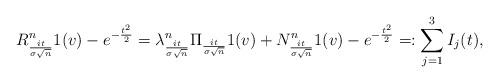
LaTeX: \begin{align*}R^n_{\frac{it}{\sigma \sqrt{n}}} 1(v) - e^{- \frac{t^2}{2}}= \lambda^n_{ \frac{it}{\sigma \sqrt{n}} } \Pi_{ \frac{it}{\sigma \sqrt{n}} } 1(v) + N_{ \frac{it}{\sigma \sqrt{n}} }^n 1(v) - e^{- \frac{t^2}{2}} =: \sum_{j=1}^3 I_j(t),\end{align*}